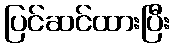
ပြင်ဆင်ထားပြီး